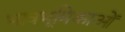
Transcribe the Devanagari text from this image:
भावभूमिकाओं